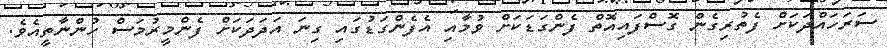
ސަރަހައްދަކަށް ފެތުރިގެން ގޮސްފައިއޮތް ފެންގަޑަކަށް ވުމާއި އެފެންގަޑުގައި ގިނަ އަދަދަކަށް ފެންމީރުމަސް ހުންނާތީއެވެ.